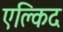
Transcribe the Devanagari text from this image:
एक्लिद